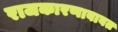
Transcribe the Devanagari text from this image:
राजकारणाबाबत